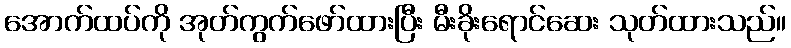
အောက်ထပ်ကို အုတ်ကွက်ဖော်ထားပြီး မီးခိုးရောင်ဆေး သုတ်ထားသည်။